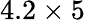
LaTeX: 4.2\times 5